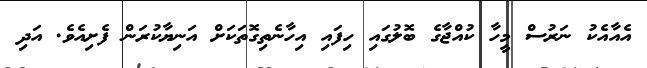
އެއާއެކު ނަރުސް މީހާ ކުއްޖާގެ ބޮލުގައި ހިފައި އިހާނެތިގޮތަކަށް އަނިޔާކުރަން ފެށިއެވެ. އަދި